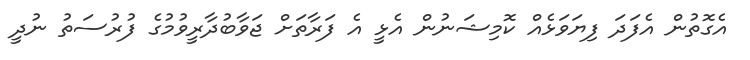
އެގޮތުން އެފަދަ ފިޔަވަޅެއް ކޮމިޝަނުން އެޅީ އެ ފަރާތަށް ޖަވާބުދާރީވުމުގެ ފުރުސަތު ނުދީ